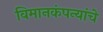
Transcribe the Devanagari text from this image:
विमानकंपन्यांचे